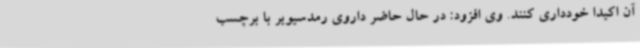
آن اکیدا خودداری کنند. وی افزود: در حال حاضر داروی رمدسیویر با برچسب